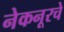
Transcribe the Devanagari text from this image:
नेकनूरचे